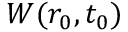
W ( r _ { 0 } , t _ { 0 } )